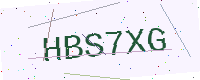
Text: HBS7XG